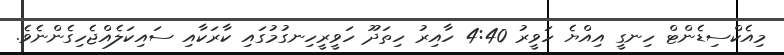
މިއެކްސިޑެންޓް ހިނގީ އިއްޔެ ހަވީރު 4:40 ހާއިރު ހިތަދޫ ހަވީރީހިނގުމުގައި ކާރަކާއި ސައިކަލެއްޖެހިގެންނެވެ.